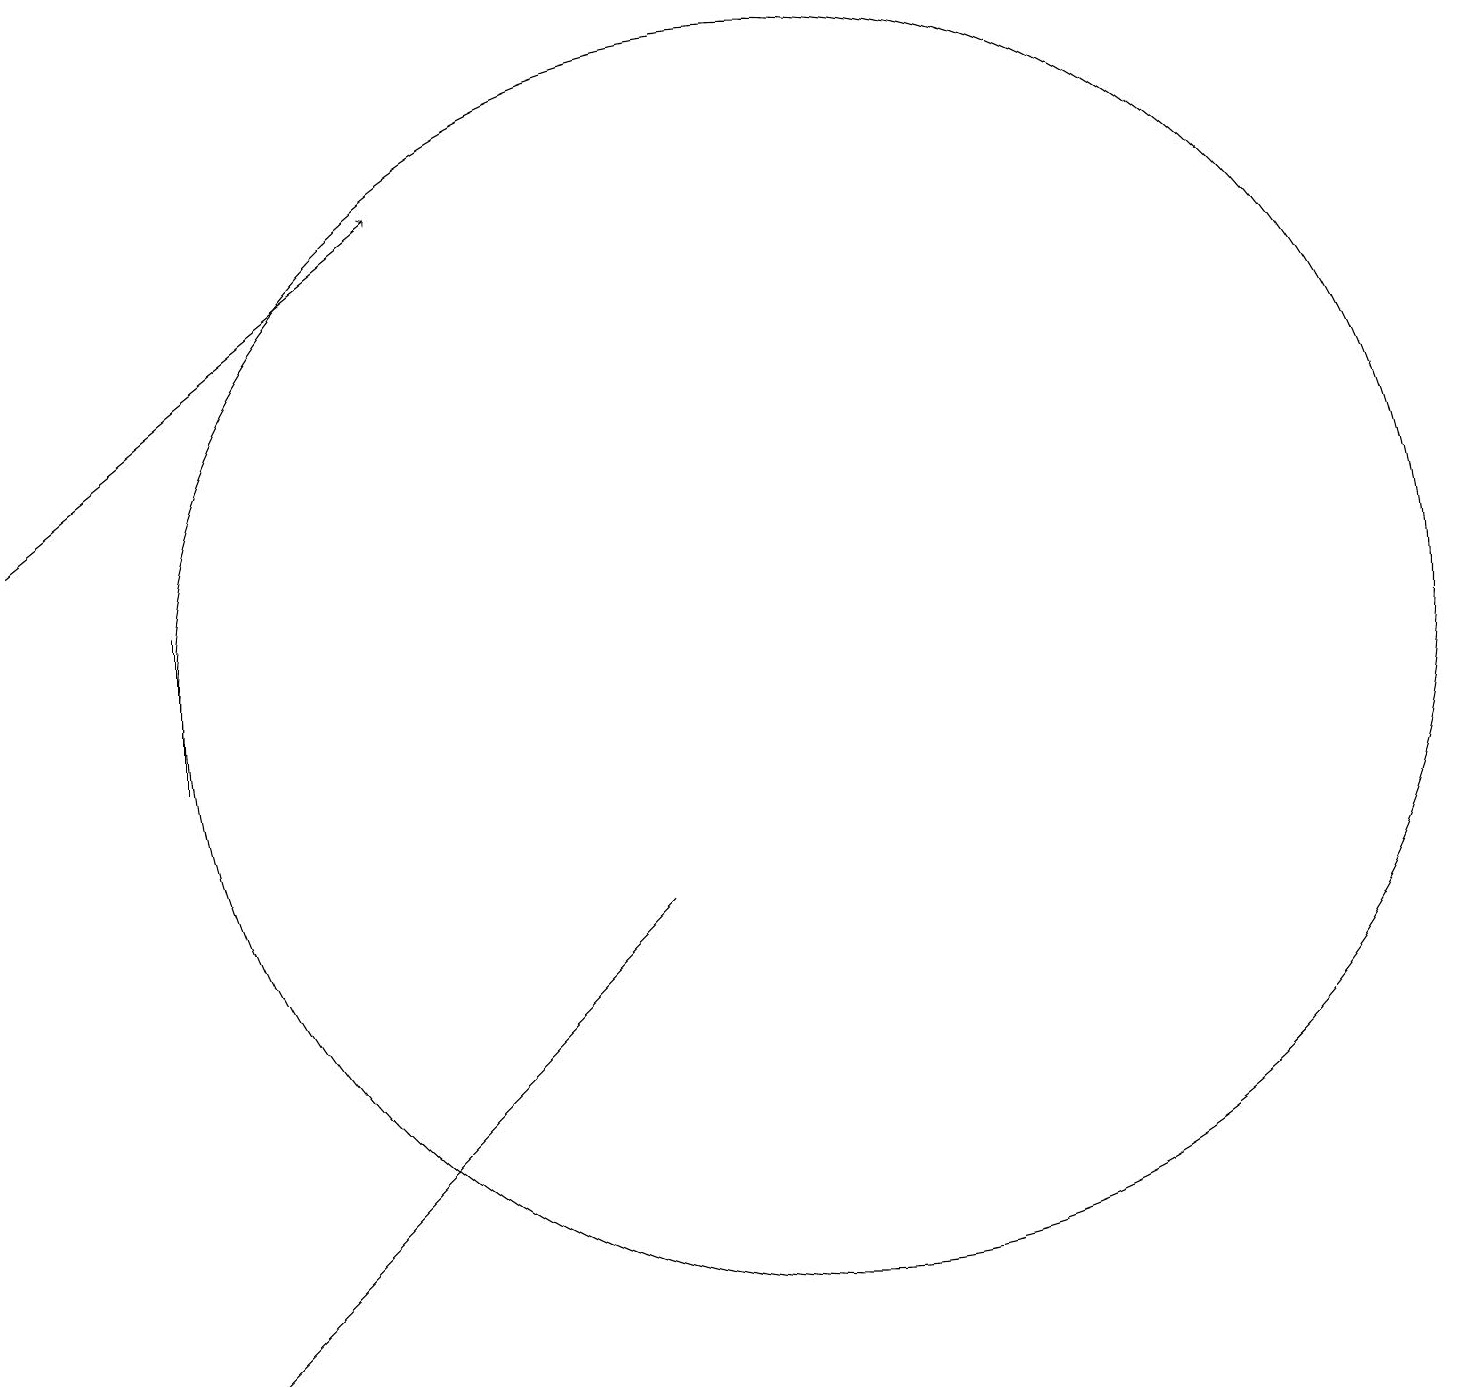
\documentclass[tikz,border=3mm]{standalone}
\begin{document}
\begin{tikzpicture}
\draw[->] (1,13) -- (6,17);
\draw (3,2) -- (9,8) -- (7,6) -- cycle;
\draw (3,12) rectangle (3,10);
\draw (11,11) circle (8);
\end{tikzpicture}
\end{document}